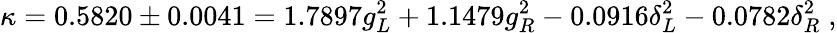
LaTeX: \kappa=0.5820\pm 0.0041=1.7897g_{L}^{2}+1.1479g_{R}^{2}-0.0916\delta_{L}^{2}-0.0782\delta_{R}^{2}\; ,